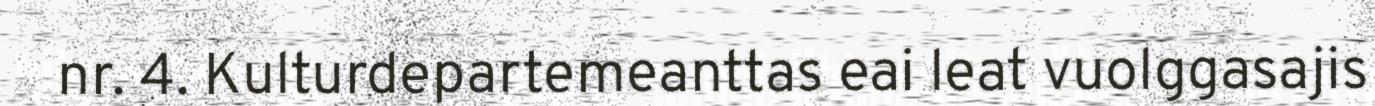
nr. 4. Kulturdepartemeanttas eai leat vuolggasajis